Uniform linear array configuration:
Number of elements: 48
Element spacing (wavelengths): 1
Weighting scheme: hann
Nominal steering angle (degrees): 45
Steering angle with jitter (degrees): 44.853
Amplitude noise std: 0.05
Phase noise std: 0.05

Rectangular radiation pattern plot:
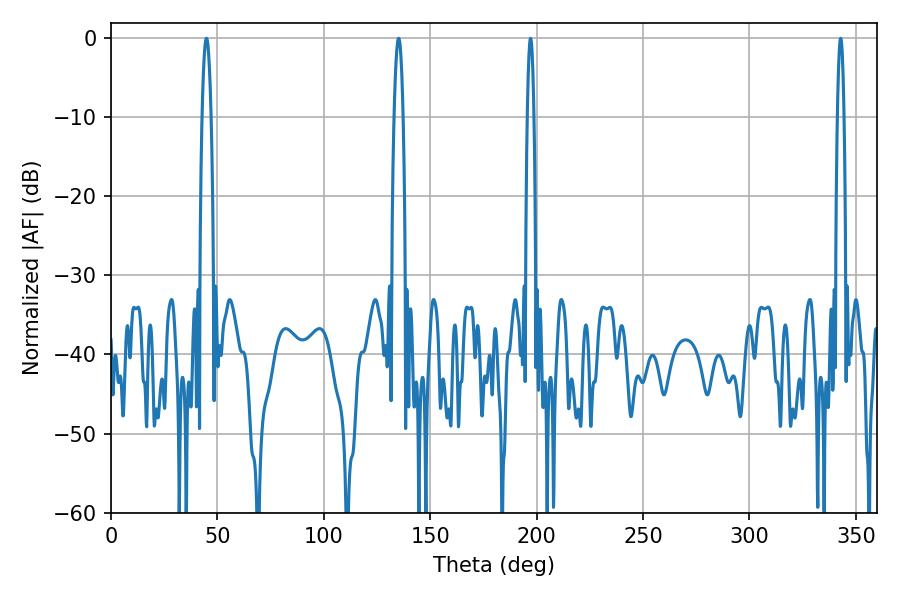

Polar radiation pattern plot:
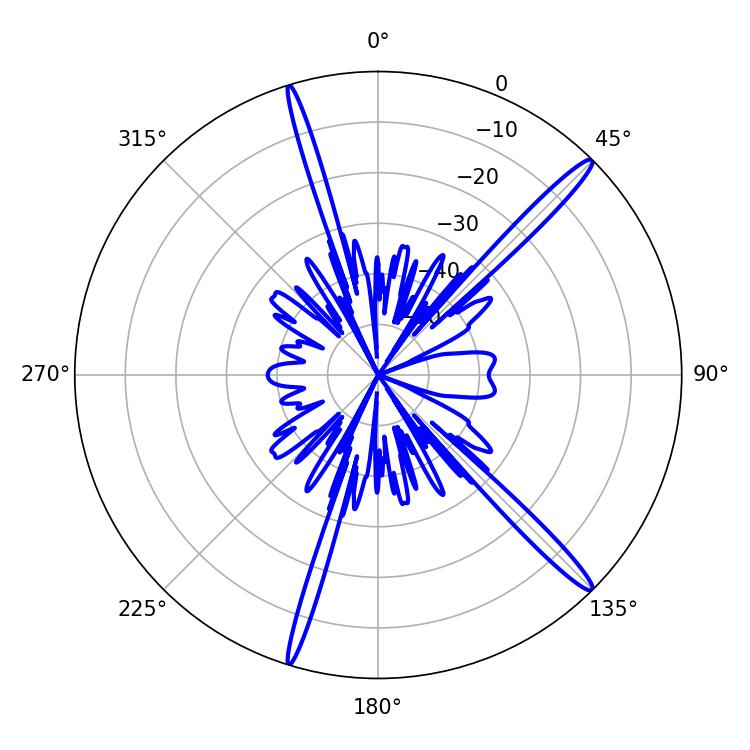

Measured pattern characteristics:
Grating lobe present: TRUE
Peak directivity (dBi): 16.628
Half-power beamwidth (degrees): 2.34
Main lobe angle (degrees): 44.82